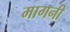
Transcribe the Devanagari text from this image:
मागनी